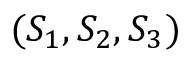
( S _ { 1 } , S _ { 2 } , S _ { 3 } )